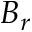
B _ { r }